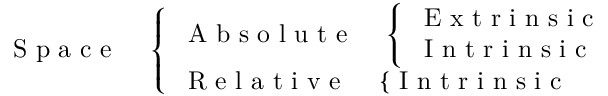
\mathrm { ~ S ~ p ~ a ~ c ~ e ~ } \quad \left\{ \begin{array} { l } { \mathrm { ~ A ~ b ~ s ~ o ~ l ~ u ~ t ~ e ~ } \quad \left\{ \begin{array} { l } { \mathrm { ~ E ~ x ~ t ~ r ~ i ~ n ~ s ~ i ~ c ~ } } \\ { \mathrm { ~ I ~ n ~ t ~ r ~ i ~ n ~ s ~ i ~ c ~ } } \end{array} \right. } \\ { \mathrm { ~ R ~ e ~ l ~ a ~ t ~ i ~ v ~ e ~ } \quad \left\{ \mathrm { ~ I ~ n ~ t ~ r ~ i ~ n ~ s ~ i ~ c ~ } \right. } \end{array} \right.